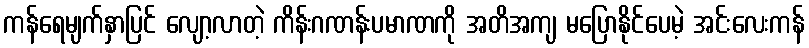
ကန်ရေမျက်နှာပြင် လျော့လာတဲ့ ကိန်းဂဏန်းပမာဏကို အတိအကျ မပြောနိုင်ပေမဲ့ အင်းလေးကန်